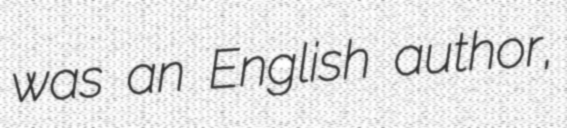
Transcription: was an English author,